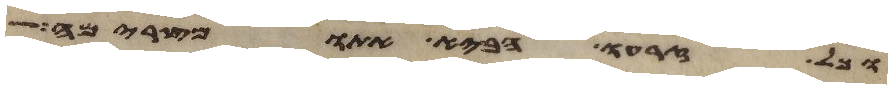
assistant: וכל זרעו הביא אתו מצרימה